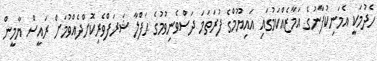
ހެދުމަކީ އެމަނިކުފާނުގެ އަމާޒެއްކަމުގައި އައިޔޫމްގެ ފުރަތަމަ ދަސްވެނިވުމުގެ ޙަފްލާ ޝަރަފްވެރިކޮށްދެއްވުމަށް ރައީސް ޔާމީން